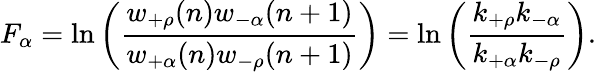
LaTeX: F_{\alpha}=\ln\left(\frac{w_{+\rho}(n)w_{-\alpha}(n+1)}{w_{+\alpha}(n)w_{-\rho}(n+1)}\right)=\ln\left(\frac{k_{+\rho}k_{-\alpha}}{k_{+\alpha}k_{-\rho}}\right).